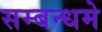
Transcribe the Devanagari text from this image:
सम्बन्धमे